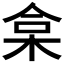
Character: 𣑠